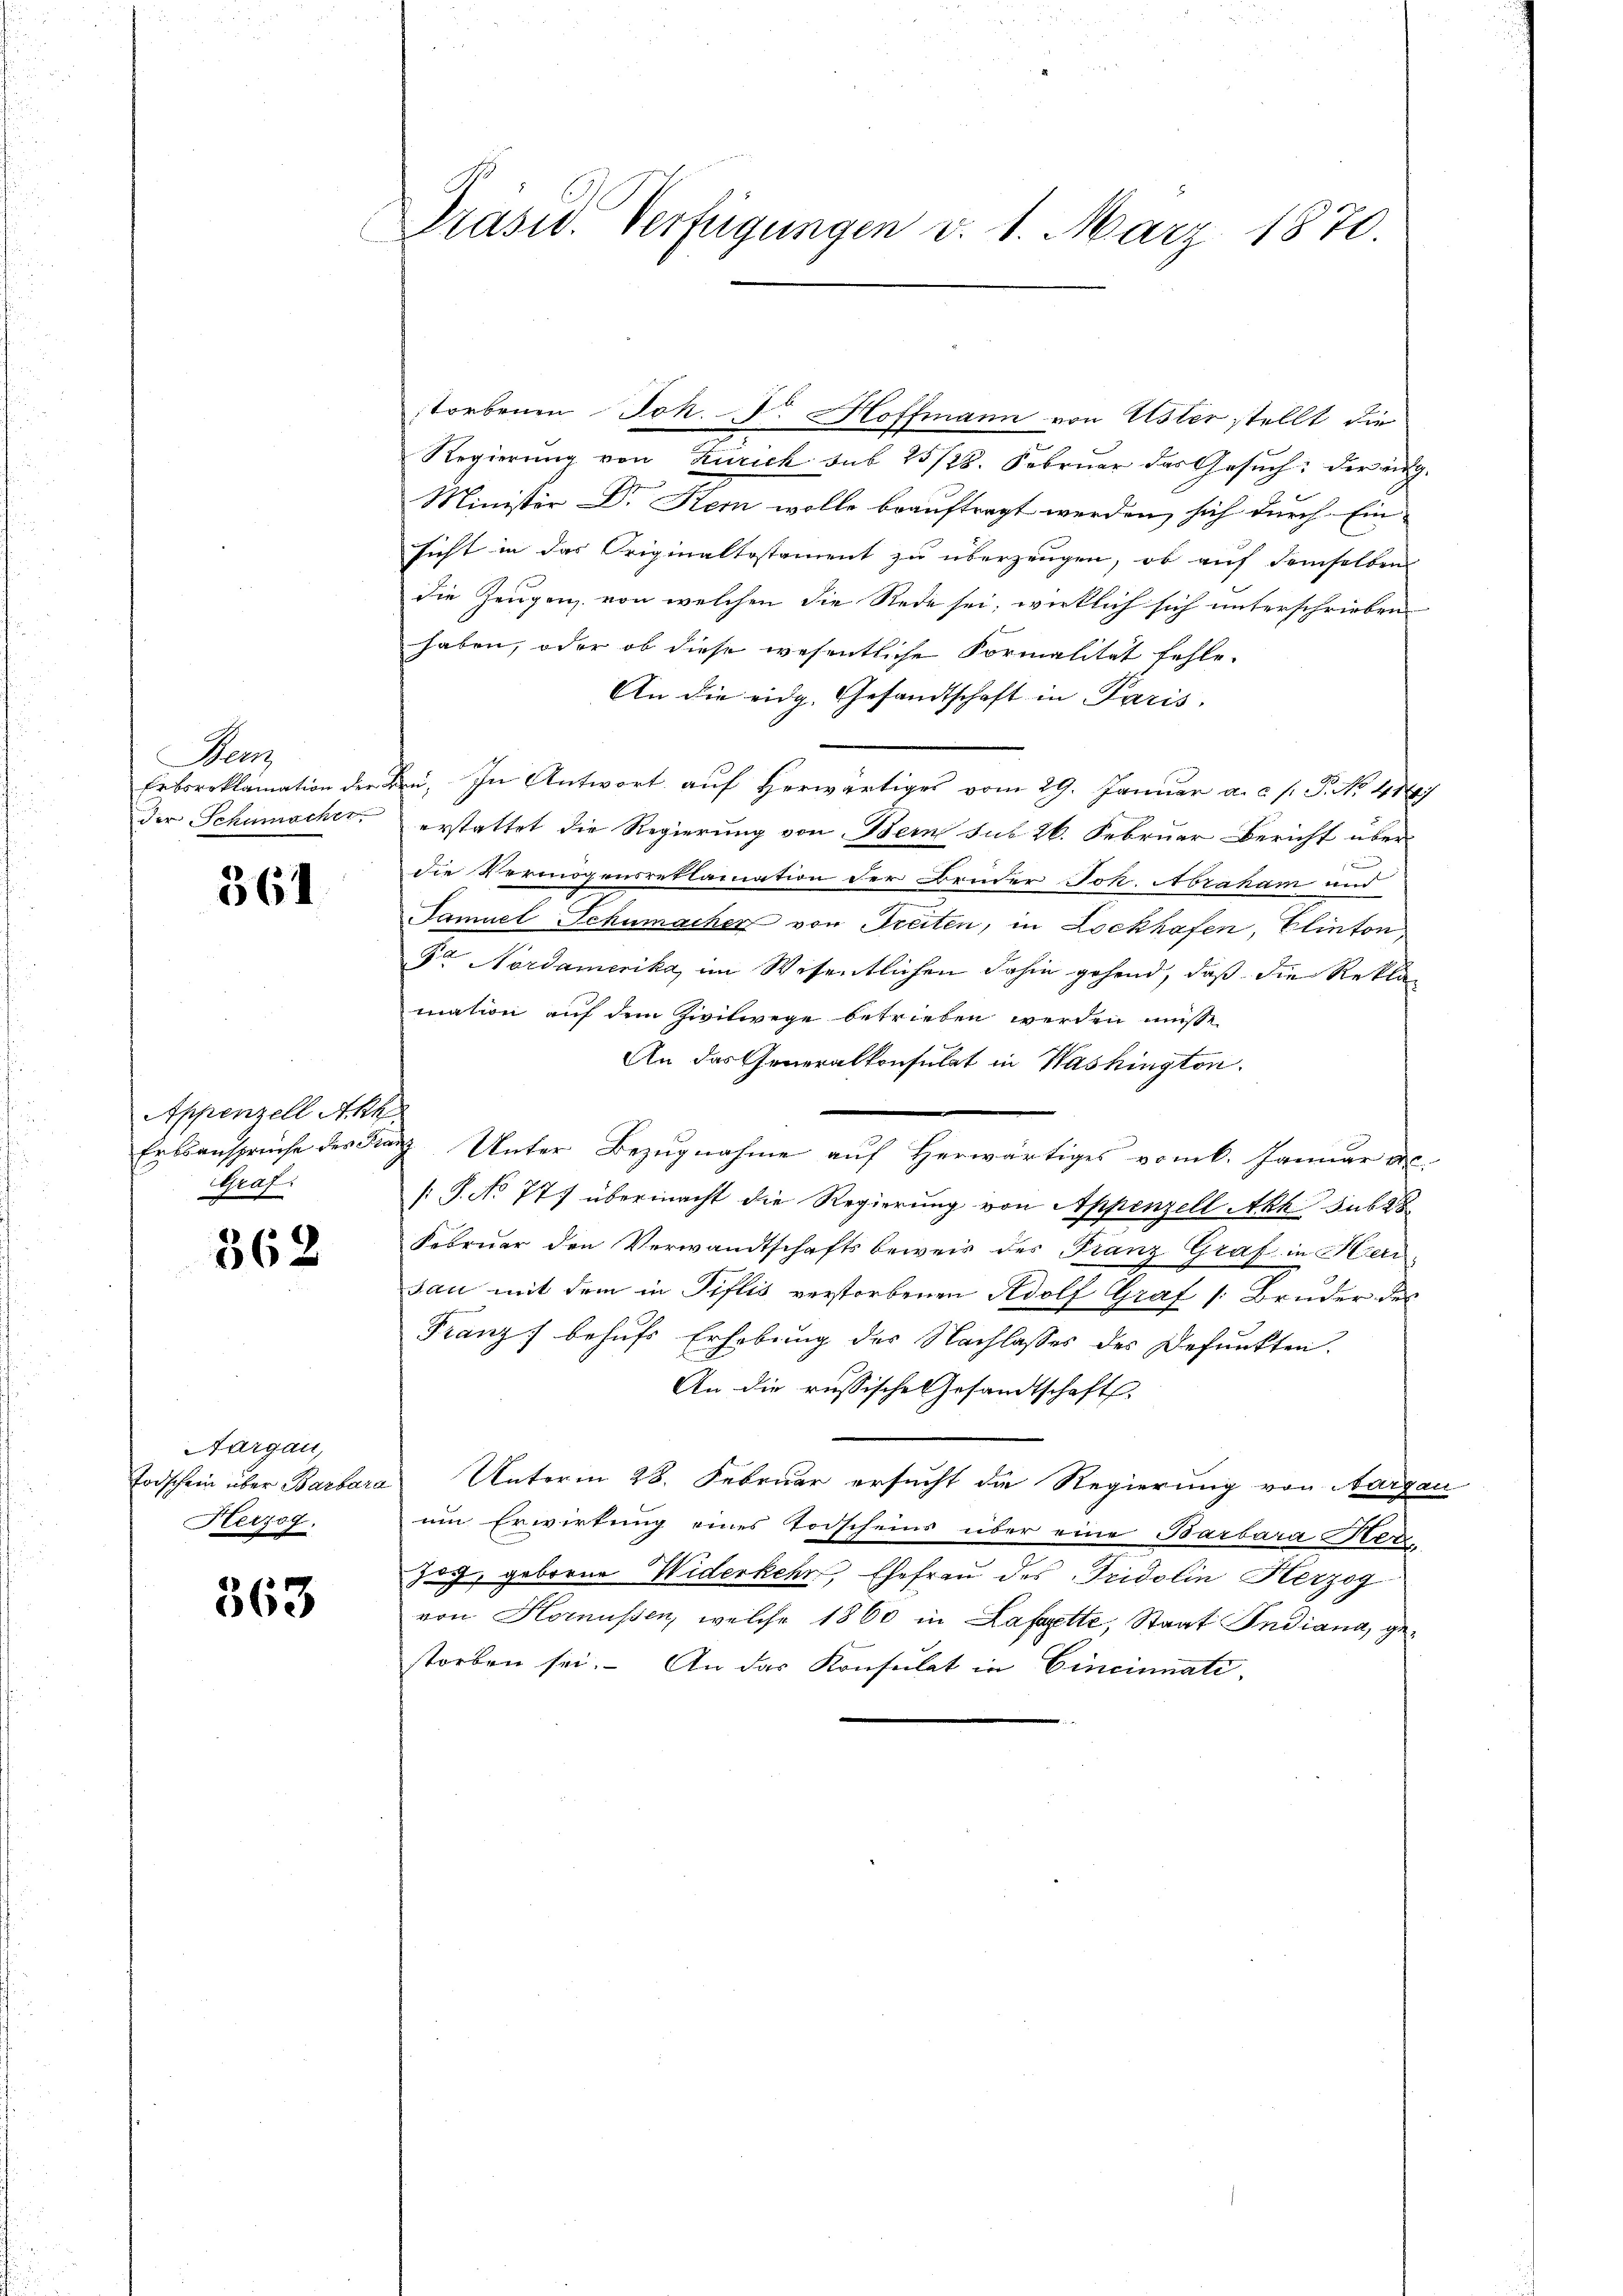
Penz
Erbproklamation der
der Schumacher.

361

Appenzell Aka
Graf:

362

Aargau,
Todschein über Barbara
Herzog.

363

Präsid. Verfügungen d. 1. März 1870.

storbenen Jok. Dr. Hoffmann von Uster stellt die
Regierŭng von Zürich sub 25/28. Febrŭar das Gesŭch: der ang
Minister Dr. Kein wolle beauftragt werden, sich durch Ein
sicht in das Originaltestament zu überzeugen, ob auf demselben
die Zeugen, von welchen die Rede sei, wirklich sich unterschrieben
haben, oder ob diese wesentliche Formalität fehle.
An die eidg. Gesandtschaft in Paris.
Bei. In Antwort auf herwärtiges vom 29. Januar a. c. s. P. No. 414
erstattet die Regierung von Bern sub 26. Februar Bericht über
die Vermögensreklamation der Bruder Joh. Abraham und
Samuel Schumacher von Treiten, in Lockhafen, Elinton
Pr Nordamerika, im Wesentlichen dahin gehend, daß die Reklamation auf dem Zivilwege betrieben werden müsse,
An das Generalkonsulat in Washington.
Ertsansprüche des Franz Unter Bezugnahme auf Herwärtiges vom 6. Januar vo
[S. No 777 übermacht die Regierung von Appenzell Akh sub 28
Februar den Verwandtschaftsbeweis des Franz Graf in Herr
sau mit dem in Tiflis verstorbenen Adolf Graf 1: Bruder des
Franz behufs Erhebung der Nachlasses des Defunkten.
An die russische Gesandtschafts
Unterm 28. Februar ersucht die Regierung von Aargau
um Erwirkung eines Todscheins über eine Barbara Ster
zog, geborene Widerkehr, Ehefrau des Tridolin Herzog
von Hornüssen, welche 1860 in Lafartte, Staat Indiana, gestorben sei. An das Konsulat in Cincinnate,